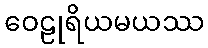
ဝေဠုရိယမယဿ